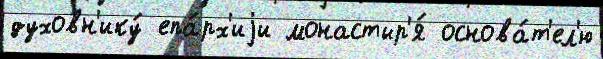
духовн'ику́ епа́рх'иjи монастыр'я́ основа́т'ел'ю